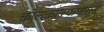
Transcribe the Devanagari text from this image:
कोलकात्त्यापासून